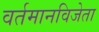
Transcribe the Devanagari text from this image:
वर्तमानविजेता